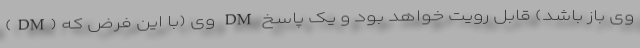
(DM) وی (با این فرض که DM وی باز باشد) قابل رویت خواهد بود و یک پاسخ